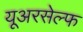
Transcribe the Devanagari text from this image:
यूअरसेल्फ